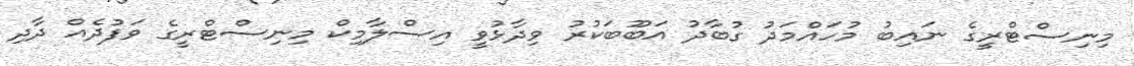
މިނިސްޓްރީގެ ނައިބު މުހައްމަދު ގުބާދު އަބޫބަކުރު ވިދާޅުވީ އިސްލާމިކް މިނިސްޓްރީގެ ވަފުދެއް ދާދި